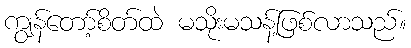
ကျွန်တော့်စိတ်ထဲ မသိုးမသန့်ဖြစ်လာသည်။